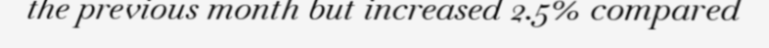
the previous month but increased 2.5% compared